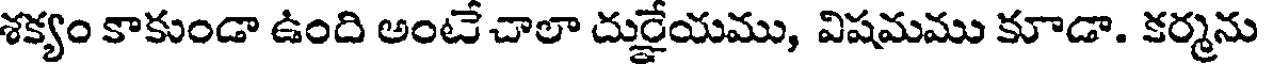
శక్యం కాకుండా ఉంది అంటే చాలా దుర్ణేయము, విషమము కూడా. కర్మను